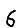
Digit: 6